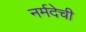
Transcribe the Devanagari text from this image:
नर्मदेची